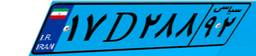
۱۷D۲۸۸۹۲